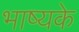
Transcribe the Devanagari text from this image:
भाष्यके